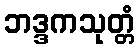
ဘဒ္ဒကသုတ္တံ